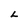
Character: L